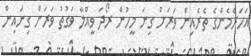
އަހަރެމެންގެ ތެރެއިން ވަރަށް ގިނަ މީހުން ރޯދަ ވީއްލާ ވަގުތު ވަރަށް ގިނައިން